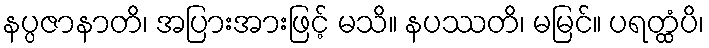
နပ္ပဇာနာတိ၊ အပြားအားဖြင့် မသိ။ နပဿတိ၊ မမြင်။ ပရတ္ထံပိ၊